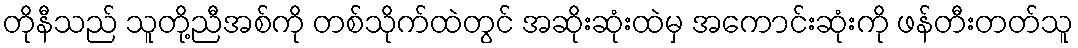
တိုနီသည် သူတို့ညီအစ်ကို တစ်သိုက်ထဲတွင် အဆိုးဆုံးထဲမှ အကောင်းဆုံးကို ဖန်တီးတတ်သူ